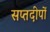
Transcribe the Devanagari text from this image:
सप्तदीपों